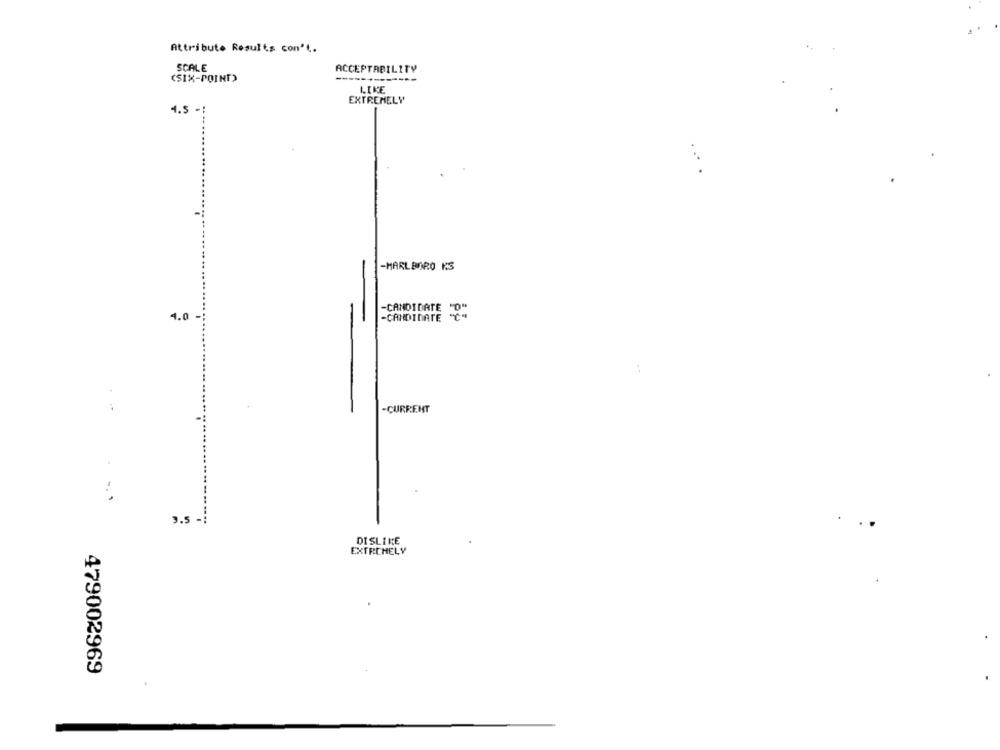
Attribute Results con't.
SCALE
ACCEPTABILITY
(SIX-POINT)
LIKE
EXTREMELY
1.5
...
-MARLBORO KS
4.0
-CANDIDATE "C"
-CANDIDATE "O"
-CURRENT
3.5 -
DISLIKE
EXTREMELY
479002969